Annual report of lunatic asylums [Bombay] - 1912-1922
Year: 1912
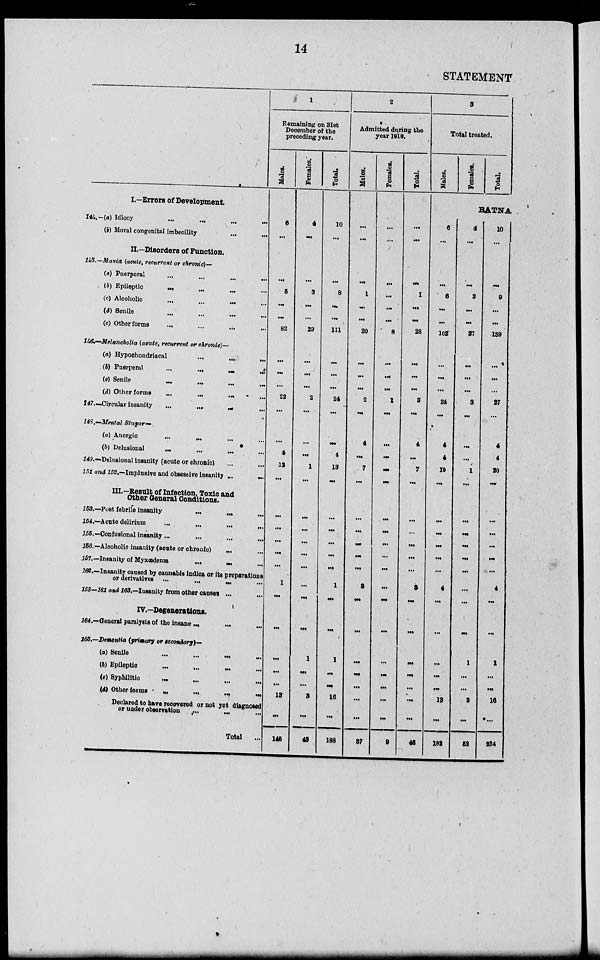
14
STATEMENT
I.—Errors of Development.
144,–(a) Idiocy
...
...
...
...
(b) Moral congenital imbecility ... ...
II.—Disorders of Function. ... ... ... ...
145.—Mania (acute, recurrent or chronic)—
(a) Puerperal ... ... ... ...
(b) Epileptic
...
...
...
...
(c) Alcoholic ... ... ... ...
(d) Senile ... ... ... ...
(e) Other forms
...
...
...
...
146.—Melancholia (acute, recurrent or chronic)––
(a) Hypochondriacal ... ... ...
(b) Puerperal
...
...
...
...
(c) Senile
...
...
...
...
(d) Other forms
...
...
...
147. —Circular insanity ... ... ... ...
148.—Mental Stupor-
(a) Anergic
...
...
...
...
(b) Delusional
...
...
...
...
149.—Delusional insanity (acute or chronic)
251 and 252.—Implusive and obsessive insanity
...
...
III.—Result of Infection, Toxic and
Other General Conditions.
153.—Post febrile insanity
...
...
...
154.—Acute delirium
...
...
...
...
155.—Confusional insanity ... ... ... ...
156.—Alcoholic insanity (acute or chronic)
... ...
157.—Insanity of Myxœdema
...
...
...
166.—Insanity caused by cannabis indica or its preparation
or derivatives ...
...
...
...
158—161 and 163.—Insanity from other causes ...
...
IV.–Degenerations.
164.—General paralysis of the insane ... ... ...
165.–Dementia (primary or secondary)—
(a) Senile
...
...
...
...
(b)
Epileptic
...
...
...
...
(c)
Syphilitic
...
...
...
...
(d) Other forms ... ... ... ...
Declared to have recovered or not yet diagnosed
or under observation ... ... ...
Total ...
1
Remaining on 31st
December of the
preceding year.
Males.
6
...
...
5
...
...
82
...
...
...
22
...
...
4
12
...
...
...
...
...
...
1
...
...
...
...
...
13
...
145
Females.
4
...
...
3
...
...
29
...
...
...
2
..
...
...
1
...
...
...
...
...
...
...
...
...
1
...
...
3
...
43
Total.
10
...
...
8
...
...
111
...
...
...
24
...
...
4
13
...
...
...
...
...
...
1
...
...
1
...
...
16
...
188
2
Admitted during the
year 1918.
Males.
...
...
...
1
...
...
20
...
...
...
2
...
4
...
7
...
...
...
...
...
...
3
...
...
...
...
...
...
...
37
Females.
...
...
...
...
...
...
8
...
...
...
1
...
...
...
...
...
...
...
...
...
...
...
...
...
...
...
...
...
...
9
Total.
..
...
...
1
...
...
28
...
...
...
3
...
4
...
7
...
...
...
...
...
...
3
...
...
...
...
...
...
...
46
3
Total treated.
Males.
Females.
Total.
RATNA
6
...
...
6
...
...
102
...
...
...
24
...
4
4
19
...
...
...
...
. ..
...
4
...
...
...
...
...
13
...
182
4
...
...
3
...
...
37
...
...
...
3
...
...
...
1
...
...
...
...
...
...
...
...
...
1
...
...
3
...
52
10
...
...
9
. ..
...
139
...
...
...
27
...
4
4
20
...
...
...
...
...
...
4
...
...
1
...
...
13
..,.
234